Scientific memoirs by medical officers of the Army of India - Part XII,
Year: 1901
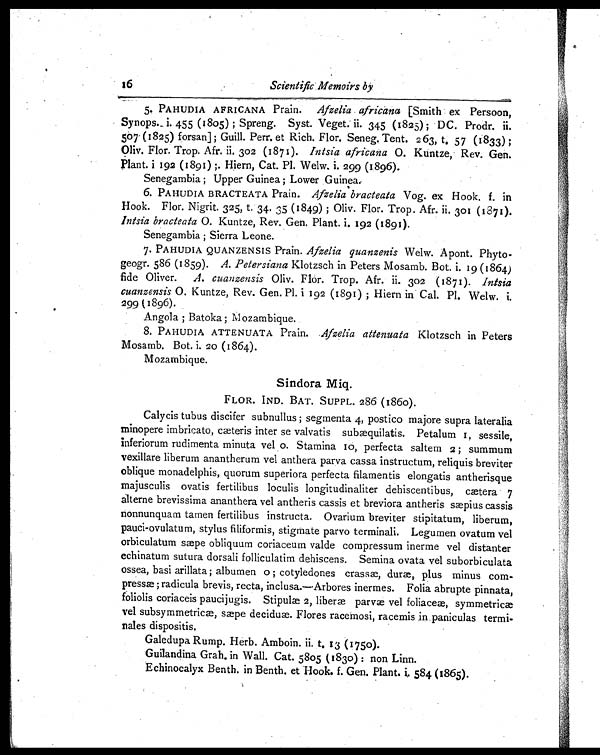
16
Scientific Memoirs by
5. PAHUDIA AFRICANA Prain. Afzelia africana [Smith ex Persoon,
Synops. i. 455 (1805) ; Spreng. Syst. Veget. ii. 345 (1825) ; DC. Prodr. ii.
5 0 7 ( 1 8 2 5 ) f o r s a n ] ; G u i l l . P e r r . e t R i c h . F l o r . S e n e g . T e n t . 2 6 3 , t . 5 7(
1 8 3 3 )
Oliv. Flor. Trop. Afr, ii. 302 (1871). Intsia africana O. Kuntze, Rev. Gen.
Plant. i 192 (1891) ;. Hiern, Cat. PI. Welw. i. 299 (1896).
Senegambia ; Upper Guinea ; Lower Guinea.
6. PAHUDIA BRACTEATA Prain. Afzelia bracteata Vog. ex Hook. f. in
Hook. Flor. Nigrit. 325 , t. 34. 35 (1849) ; Oliv. Flor. Trop. Afr. ii. 301 (1871).
Intsia bracteata O. Kuntze, Rev. Gen. Plant. i. 192 (1891).
Senegambia ; Sierra Leone.
7. PAHUDIA QUANZENSIS Prain. Afzelia quanzenis Welw. Apont.
Phyto-geogr. 586 (1859). A. Petersiana Klotzsch in Peters Mosamb. Bot. i 19 (1864)
fide Oliver. A. cuanzensis Oliv. Flor. Trop. Afr.
302 (1871). Intsia
cuanzensis O. Kuntze, Rev. Gen. Pl. i 192 (1891) ; Hiern in Cal. PI. Welw. i
299 (1896).
Angola ; Batoka ; Mozambique.
8. PAHUDIA ATTENUATA Prain. Afzelia attenuata Klotzsch in Peters
Mosamb. Bot. 20 (1864).
Mozambique.
Sindora Miq.
FLOR. IND. BAT. SUPPL. 286 (1860).
Calycis tubus discifer subnullus ; segmenta 4, postico majore supra lateralia
minopere imbricato, cæteris inter se valvatis subæquilatis. Petalum I, sessile,
inferiorum rudimenta minuta vel o. Stamina IO , perfecta saltem 2 ; summum
vexillare liberum anantherum vel anthera parva cassa instructum, reliquis breviter
oblique monadelphis, quorum superiora perfecta filamentis elongatis antherisque
majusculis ovatis fertilibus loculis longitudinaliter dehiscentibus, cætera 7
alterne brevissima ananthera vel antheris cassis et breviora antheris sæpius cassis
nonnunquam tamen fertilibus instructa. Ovarium breviter stipitatum, liberum,
pauci-ovulatum, stylus filiformis, stigmate parvo terminali. Legumen ovatum vel
orbiculatum sæpe obliquum coriaceum valde compressum inerme vel distanter
echinatum sutura dorsali folliculatim dehiscens. Semina ovata vel suborbiculata
ossea, basi arillata ; albumen o ; cotyledones crassæ, duræ, plus minus
c o r m - p r e s s æ ; r a d i c u l a b r e v i s , r e c t a , i n c l u s a . — A r b o r e s i n e r m e s . F o l i a a b r u p t e p i n n a t a ,
foliolis coriaceis paucijugis. Stipulæ 2 , liberæ parvæ vel symmetricæ
vel subsymmetricæ, sæpe deciduæ. Flores racemosi, racemis in paniculas termi--
nales dispositis.
Galedupa Rump. Herb. Amboin. ii. t. 13 (1750).
Guilandina Grah. in Wall. Cat. 5805 (1830) : non Linn.
Echinocalyx Benth. in Benth. et Hook. f. Gen. Plant. i. 584 (1865).